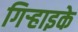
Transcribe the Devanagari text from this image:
गिर्‍हाइके